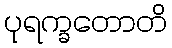
ပုရက္ခတောတိ